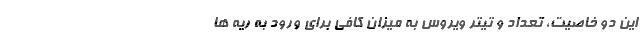
این دو خاصیت، تعداد و تیتر ویروس به میزان کافی برای ورود به ریه ها